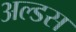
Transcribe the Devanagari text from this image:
अल्डस